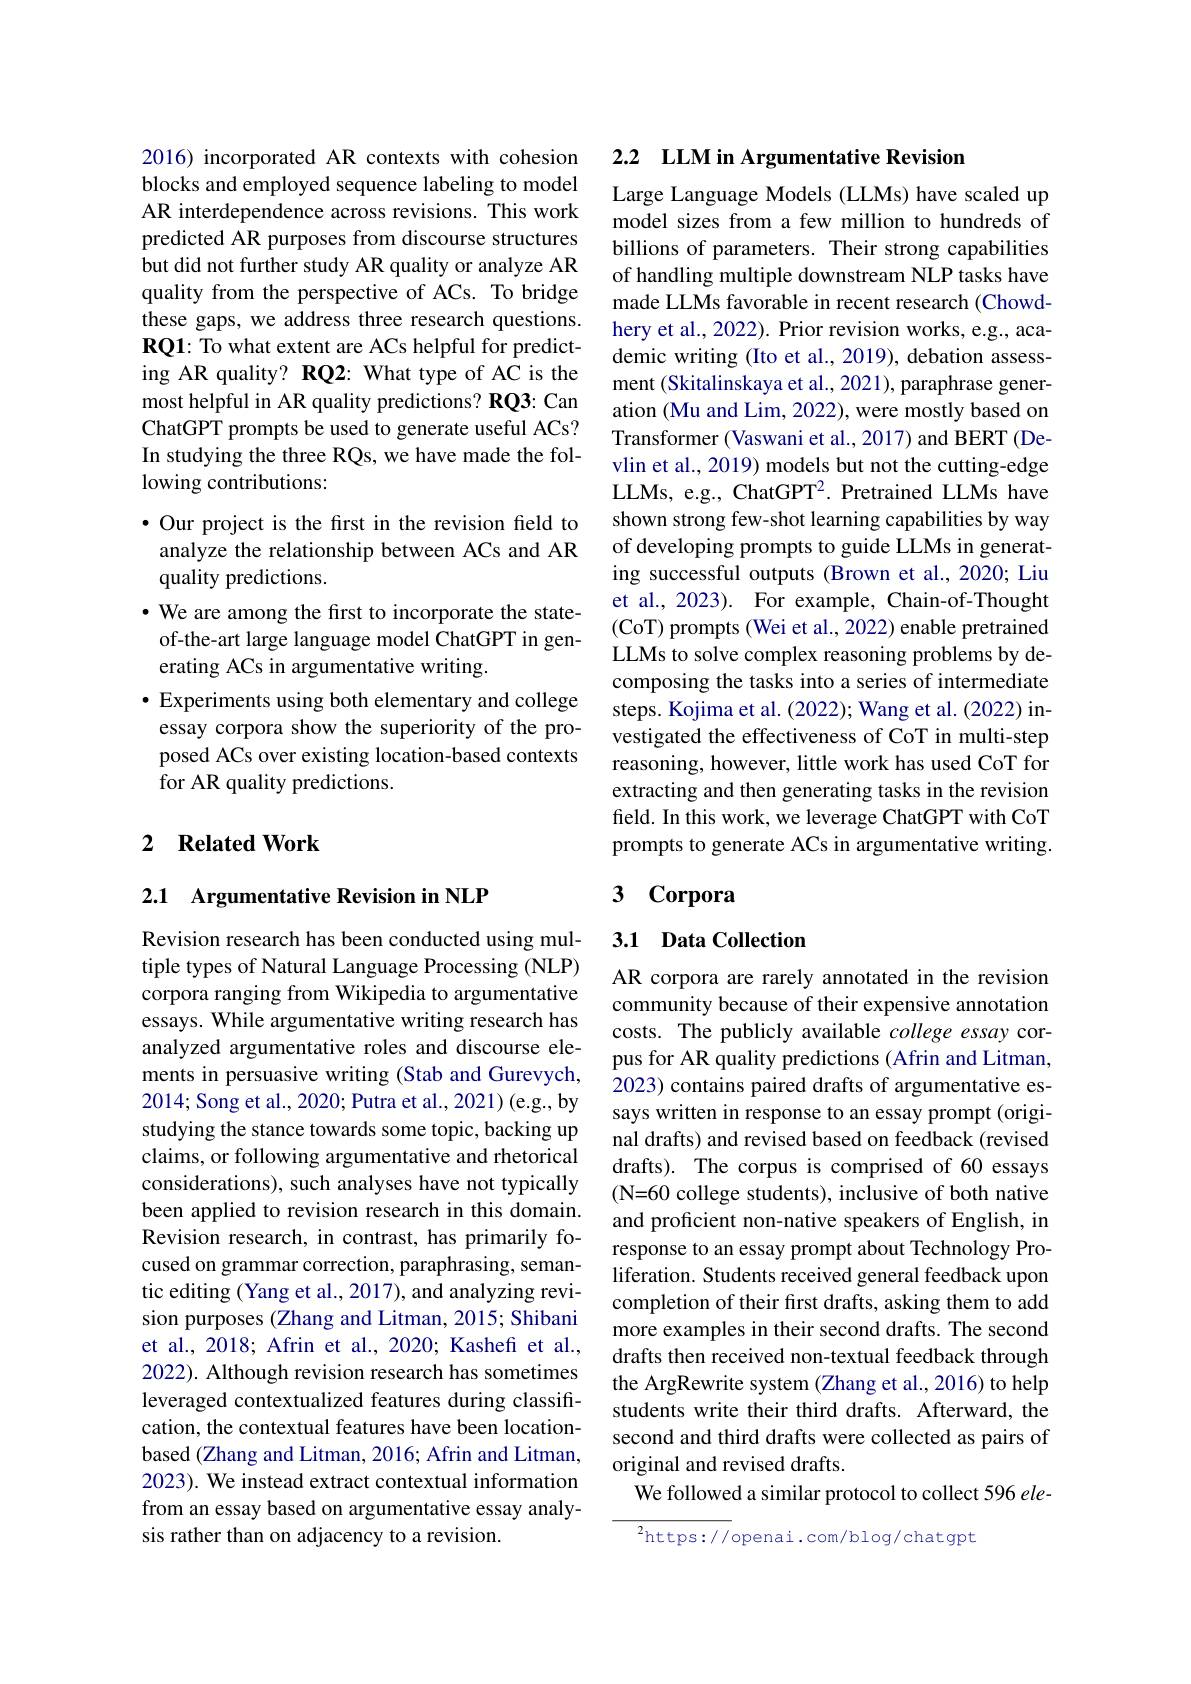
2016) incorporated AR contexts with cohesion blocks and employed sequence labeling to model AR interdependence across revisions. This work predicted AR purposes from discourse structures but did not further study AR quality or analyze AR quality from the perspective of ACs. To bridge these gaps, we address three research questions. RQ1: To what extent are ACs helpful for predicting AR quality? RQ2: What type of AC is the most helpful in AR quality predictions? RQ3: Can ChatGPT prompts be used to generate useful ACs? In studying the three RQs, we have made the following contributions:

$\bullet$ Our project is the first in the revision field to analyze the relationship between ACs and AR quality predictions.
· We are among the first to incorporate the stateof-the-art large language model ChatGPT in generating ACs in argumentative writing.
$\bullet$ Experiments using both elementary and college essay corpora show the superiority of the proposed ACs over existing location-based contexts for AR quality predictions.

## 2 $\textbf{Related Work}$

## 2.1 Argumentative Revision in NLP

Revision research has been conducted using multiple types of Natural Language Processing (NLP) corpora ranging from Wikipedia to argumentative essays. While argumentative writing research has analyzed argumentative roles and discourse elements in persuasive writing (Stab and Gurevych, 2014; Song et al., 2020; Putra et al., 2021)(e.g., by studying the stance towards some topic, backing up claims, or following argumentative and rhetorical considerations), such analyses have not typically been applied to revision research in this domain. Revision research, in contrast, has primarily focused on grammar correction, paraphrasing, semantic editing (Yang et al., 2017), and analyzing revision purposes (Zhang and Litman, 2015; Shibani et al., 2018; Afrin et al., 2020; Kashefi et al., 2022). Although revision research has sometimes leveraged contextualized features during classification, the contextual features have been locationbased (Zhang and Litman, 2016; Afrin and Litman, 2023). We instead extract contextual information from an essay based on argumentative essay analysis rather than on adjacency to a revision.

2.2 LLM in Argumentative Revision

Large Language Models (LLMs) have scaled up model sizes from a few million to hundreds of billions of parameters. Their strong capabilities of handling multiple downstream NLP tasks have made LLMs favorable in recent research (Chowdhery et al., 2022). Prior revision works, e.g., academic writing (Ito et al., 2019), debation assessment (Skitalinskaya et al., 2021), paraphrase generation (Mu and Lim, 2022), were mostly based on Transformer (Vaswani et al., 2017) and BERT (Devlin et al., 2019) models but not the cutting-edge LLMs, e.g., ChatGPT$^2.$ Pretrained LLMs have shown strong few-shot learning capabilities by way of developing prompts to guide LLMs in generating successful outputs (Brown et al., 2020; Liu et al., 2023). For example, Chain-of-Thought (CoT) prompts (Wei et al., 2022) enable pretrained LLMs to solve complex reasoning problems by decomposing the tasks into a series of intermediate steps. Kojima et al. (2022); Wang et al. (2022) investigated the effectiveness of CoT in multi-step reasoning, however, little work has used CoT for extracting and then generating tasks in the revision field. In this work, we leverage ChatGPT with CoT prompts to generate ACs in argumentative writing.

# 3 Corpora

## 3.1 Data Collection

AR corpora are rarely annotated in the revision community because of their expensive annotation costs. The publicly available college essay corpus for AR quality predictions (Afrin and Litman, 2023) contains paired drafts of argumentative essays written in response to an essay prompt (original drafts) and revised based on feedback (revised drafts). The corpus is comprised of 60 essays (N=60 college students), inclusive of both native and proficient non-native speakers of English, in response to an essay prompt about Technology Proliferation. Students received general feedback upon completion of their first drafts, asking them to add more examples in their second drafts. The second drafts then received non-textual feedback through the ArgRewrite system (Zhang et al., 2016) to help students write their third drafts. Afterward, the second and third drafts were collected as pairs of original and revised drafts.
We followed a similar protocol to collect 596 ele-

$^2$https://openai.com/blog/chatgpt